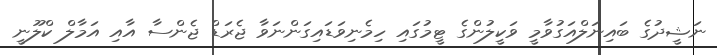
ނަޝީދުގެ ބައިނަލްއަގުވާމީ ވަކީލުންގެ ޓީމުގައި ހިމެނިވަޑައިގަންނަވާ ޖެރަޑް ޖެންސާ އާއި އަމާލް ކްލޫނީ